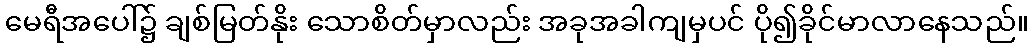
မေရီအပေါ်၌ ချစ်မြတ်နိုး သောစိတ်မှာလည်း အခုအခါကျမှပင် ပို၍ခိုင်မာလာနေသည်။